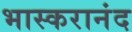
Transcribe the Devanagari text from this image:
भास्करानंद